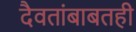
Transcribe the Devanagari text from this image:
दैवतांबाबतही